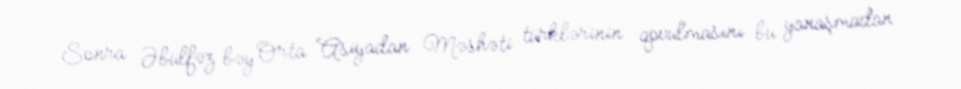
Sonra Əbülfəz bəy Orta Asiyadan Məshəti türklərinin qovulmasını bu yanaşmadan